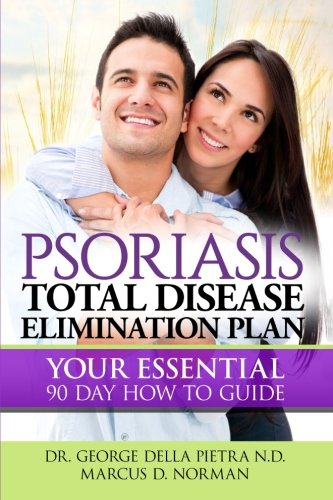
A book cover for Psoriasis Total Disease Elimination Plan: It Starts with Food Your Essential Natural 90 Day How to Guide Book! (Psoriasis Free for Life, Cure and Diet Cookbook); Marcus Norman; Health, Fitness & Dieting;